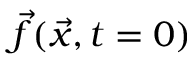
\Vec { f } ( \Vec { x } , t = 0 )